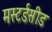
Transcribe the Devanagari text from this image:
मस्टर्डसीड